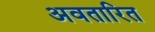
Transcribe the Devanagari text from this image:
अवतारित